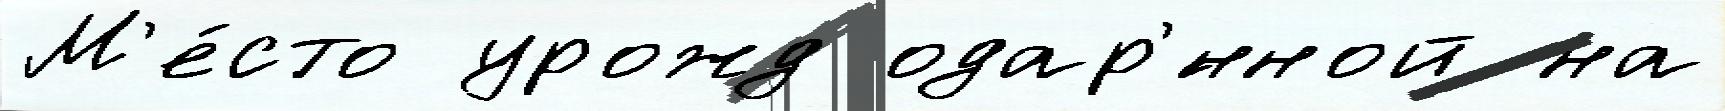
М'е́сто урожд одар'́нной на